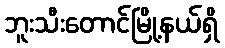
ဘူးသီးတောင်မြို့နယ်ရှိ